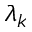
\lambda _ { k }